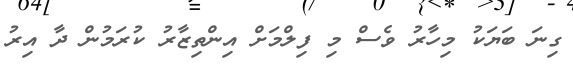
ގިނަ ބަޔަކު މިހާރު ވެސް މި ފިލްމަށް އިންތިޒާރު ކުރަމުން ދާ އިރު